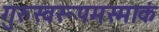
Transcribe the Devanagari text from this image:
गुरुस्वरूपमस्माकं